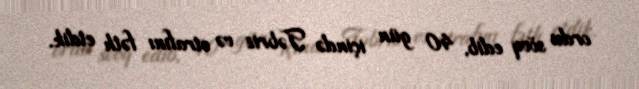
ordu sövq edib, 40 gün içində Təbriz və ətrafını fəth etdik.